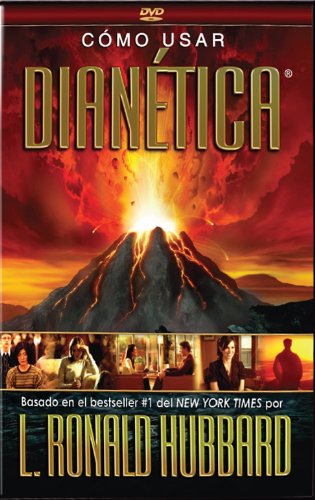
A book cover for CÃ³mo Usar DianÃ©tica DVD (Spanish Edition); L. Ron Hubbard; Religion & Spirituality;